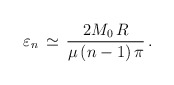
\begin{align*}\varepsilon_n\,\simeq\,\frac{2M_0\,R}{\mu\,(n-1)\,\pi}\,{.}\end{align*}